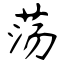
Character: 荡